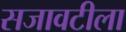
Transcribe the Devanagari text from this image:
सजावटीला